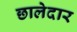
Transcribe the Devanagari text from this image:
छालेदार